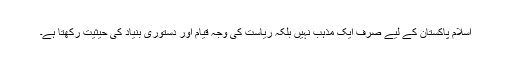
اسلام پاکستان کے لیے صرف ایک مذہب نہیں بلکہ ریاست کی وجہِ قیام اور دستوری بنیاد کی حیثیت رکھتا ہے۔